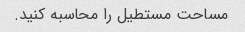
مساحت مستطیل را محاسبه کنید.